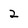
Character: 2